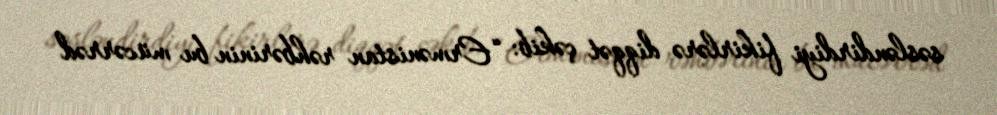
səsləndirdiyi fikirlərə diqqət çəkib: “Ermənistan rəhbərinin bu mücərrəd